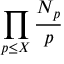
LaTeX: \prod _ { p \leq X } { \frac { N _ { p } } { p } }